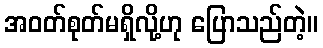
အဝတ်စုတ်မရှိလို့ဟု ပြောသည်တဲ့။